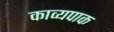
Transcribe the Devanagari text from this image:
काव्यपाक